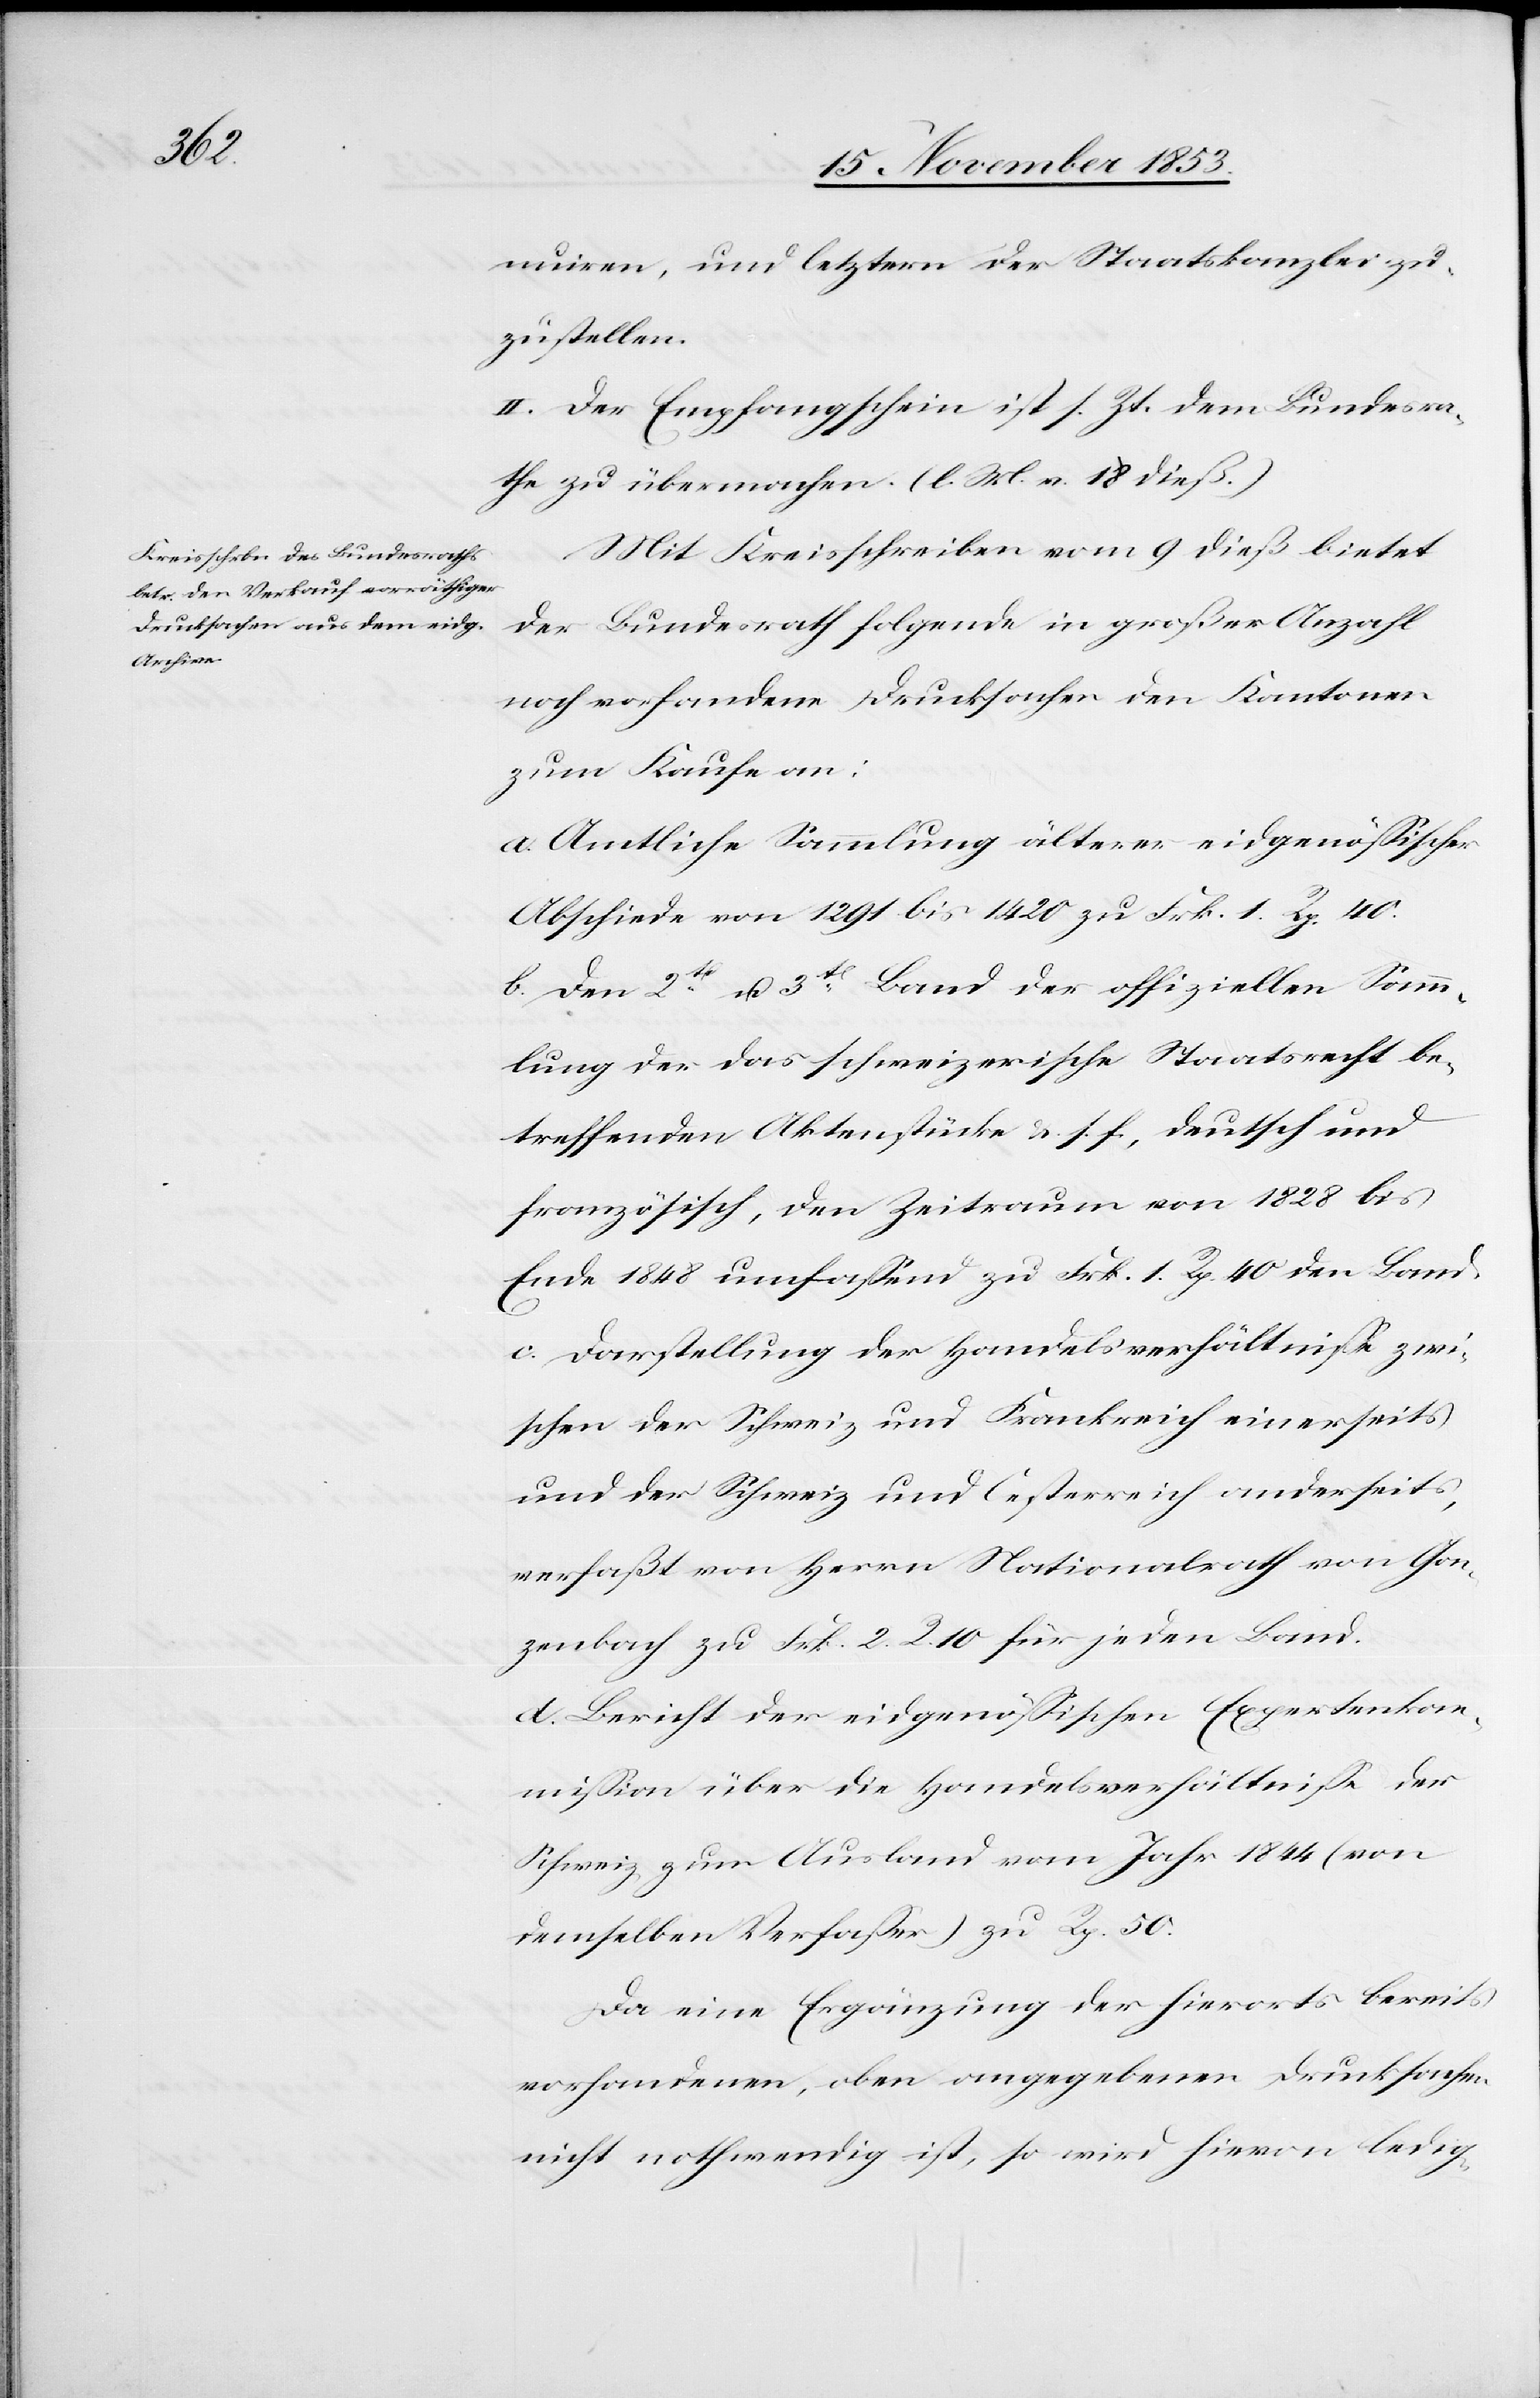
nuiren, um letztern der Staatskanzlei zu¬
zustellen.
II. Der Empfangschein ist s. Zt. dem Bundesra¬
the zu übermachen. [l. M. v. 18 dieß]
Mit Kreisschreiben vom 9 dieß bietet
der Bundesrath folgende in großer Anzahl
noch vorhandenen Drucksachen den Kantonen
zum Kaufe an:
a. Amtliche Sammlung älterer eidgenößischer
Abschiede von 1291 bis 1420 zu Frk. 1 Rp. 40.
b. Dem 2ten u. 3ten Band der offiziellen Samm¬
lung der das schweizerische Staatsrecht be¬
treffenden Aktenstücke u. s. f., deutsch und
französisch, den Zeitraum von 1828 bis
Ende 1848 umfaßend zu Frk. 1 Rp. 40 den Band.
c. Darstellung der Handelsverhältniße zwi¬
schen der Schweiz und Frankreich einerseits
und der Schweiz und Oesterreich anderseits,
verfaßt von Herrn Nationalrath von Gon¬
zenbach zu Frk. 2 R. 10 für jeden Band.
d. Bericht der eidgenößischen Expertenkom¬
mißion über die Handelsverhältniße der
Schweiz, zum Ausland vom Jahr 1844 (von
demselben Verfaßer) zu Rp. 50.
Da eine Ergänzung der hierorts bereits
vorhandenen, oben angegebenen Drucksachen
nicht nothwendig ist, so wird hievon ledig-